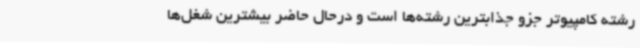
رشته کامپیوتر جزو جذابترین رشته‌ها است و درحال حاضر بیشترین شغل‌ها